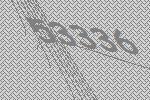
53336